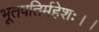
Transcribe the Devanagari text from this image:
भूतपतिर्महेशः।।